Medical and sanitary report of the native army of Madras for the year
Year: 1872
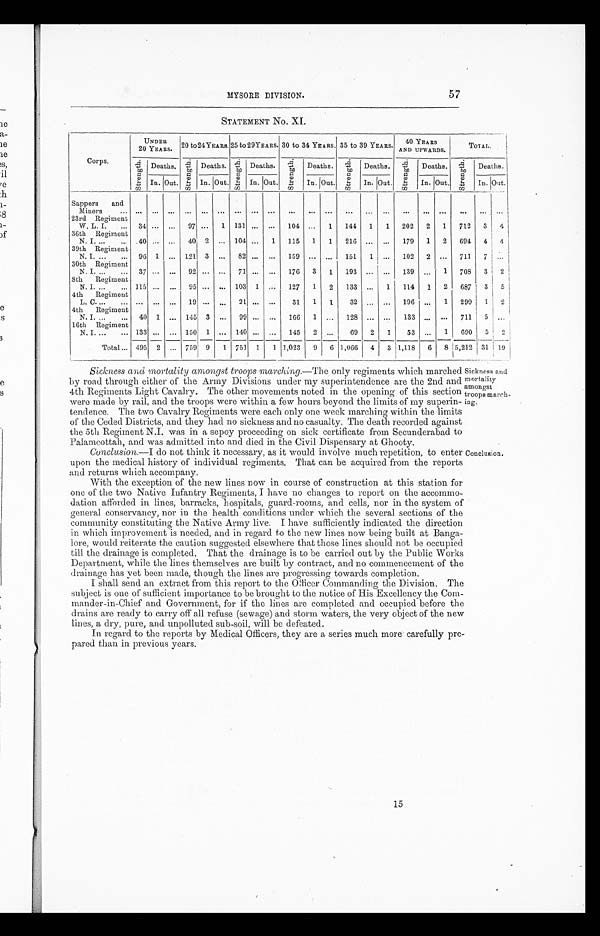
57
MYSORE DIVISION.
STATEMENT NO. XI.
UN
DER 20 YEARS.
20 to 24 YEARS. 25 to 29 YEARS. 30 to 34 YEARS. 35 to 39 YEARS.
40 YEA
RS AND UPWARDS.
TOTAL.
Corps.
S t r e n g t h .
Deaths.
S t r e n g t h .
Deaths.
S t r e n g t h . Deaths.
S t r e n g t h .
Deaths.
S t r e n g t h . Deaths.
S t r e n g t h .
Deaths.
S t r e n g t h .
Deaths.
In. Out.
In. Out.
In. Out.
In. Out.
In. Out.
In. Out.
In. Out.
Sappers
and
M iners
. . . ... ...
. . .
. . . ... ...
... ... ...
...
... ...
...
...
. . .
. . . ...
. . .
. . . ... ...
23rd Regiment
W. L. I.
...
34 ... ...
97 ...
1 131 ... ...
104 ...
1
144
1
1
202
2
1
712
3
4
36th Regiment
N. I. ...
... 40 ... ...
40 2 ... 104 ...
1
115
1
1
216 ... ...
179
1
2
694
4
4
39th Regiment
N. I. ...
... 96 1 ... 121
3
...
82 ... ...
159 ... ...
151
1 ...
102
2 ...
711
7
. . .
30th Regiment
N. I. ...
... 37 ... ...
92 ... ...
71
. . . ...
176
3
1
193 ... ...
139 ...
1
708
3
2
8th
Regiment
N. I. ...
... 115 ... ...
95 ... ... 103 1 ...
127
1
2
133 ...
1
114
1
2
687
3
5
4th
Regiment
L. C....
... ... ... ...
19 ...
. . . 21 ... ...
31
1
1
32
. . . ...
196 ...
1
299
1
2
4th
Regiment
N. I. ...
... 40 1 ... 145 3 ...
99 ... ...
166
1 ...
128 ... ...
133 ... ...
711
5 ...
16th Regiment
N. I. ...
... 133
. . .
.. . 150 1
. . . 140
. . .
. . . 145
2 ...
69
2
1
53 ...
1
690
5
2
Total ... 495 2 ... 759 9
1 751 1
1 1,023
9
6 1,066
4
3 1,118
6
8 5,212 31 19
Sickness and mortality amongst troops marching.—The only regiments which marched
by road through either of the Army Divisions under my superintendence are the 2nd and
4th Regiments Light Cavalry. The other movements noted in the opening of this section
were made by rail, and the troops were within a few hours beyond the limits of my superin-
tendence. The two Cavalry Regiments were each only one week marching within the limits
of the Ceded Districts, and they had no sickness and no casualty. The death recorded against
the 5th Regiment was in a sepoy proceeding on sick certificate from Secunderabad to
Palamcottah, and was admitted into and died in the Civil Dispensary at Ghooty.
Conclusion.—I do not think it necessary, as it would involve much repetition, to enter
upon the medical history of individual regiments. That can be acquired from the reports
and returns which accompany.
With the exception of the new lines now in course of construction at this station for
one of the two Native Infantry Regiments, I have no changes to report on the accommo-
dation afforded in lines, barracks, hospitals, guard-rooms, and cells, nor in the system of
general conservancy, nor in the health conditions under which the several sections of the
community constituting the Native Army live. I have sufficiently indicated the direction
in which improvement is needed, and in regard to the new lines now being built at Banga-
lore, would reiterate the caution suggested elsewhere that those lines should not be occupied
till the drainage is completed. That the drainage is to be carried out by the Public Works
Department, while the lines themselves are built by contract, and no commencement of the
drainage has vet been made, though the lines are progressing towards completion.
I shall send an extract from this report to the Officer Commanding the Division. The
subject is one of sufficient importance to be brought to the notice of His Excellency the Com-
mander-in-Chief and Government, for if the lines are completed and occupied before the
drains are ready to early offall refuse (sewage) and storm waters, the very object of the new
lines, a dry, pure, and unpolluted sub-soil, will be defeated.
In regard to the reports by Medical Officers, they are a series much more carefully pre
¬pared than in previous years.
Sickness and
mortality
amongst
troops march
ing.
Conclusion.